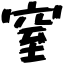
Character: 窒